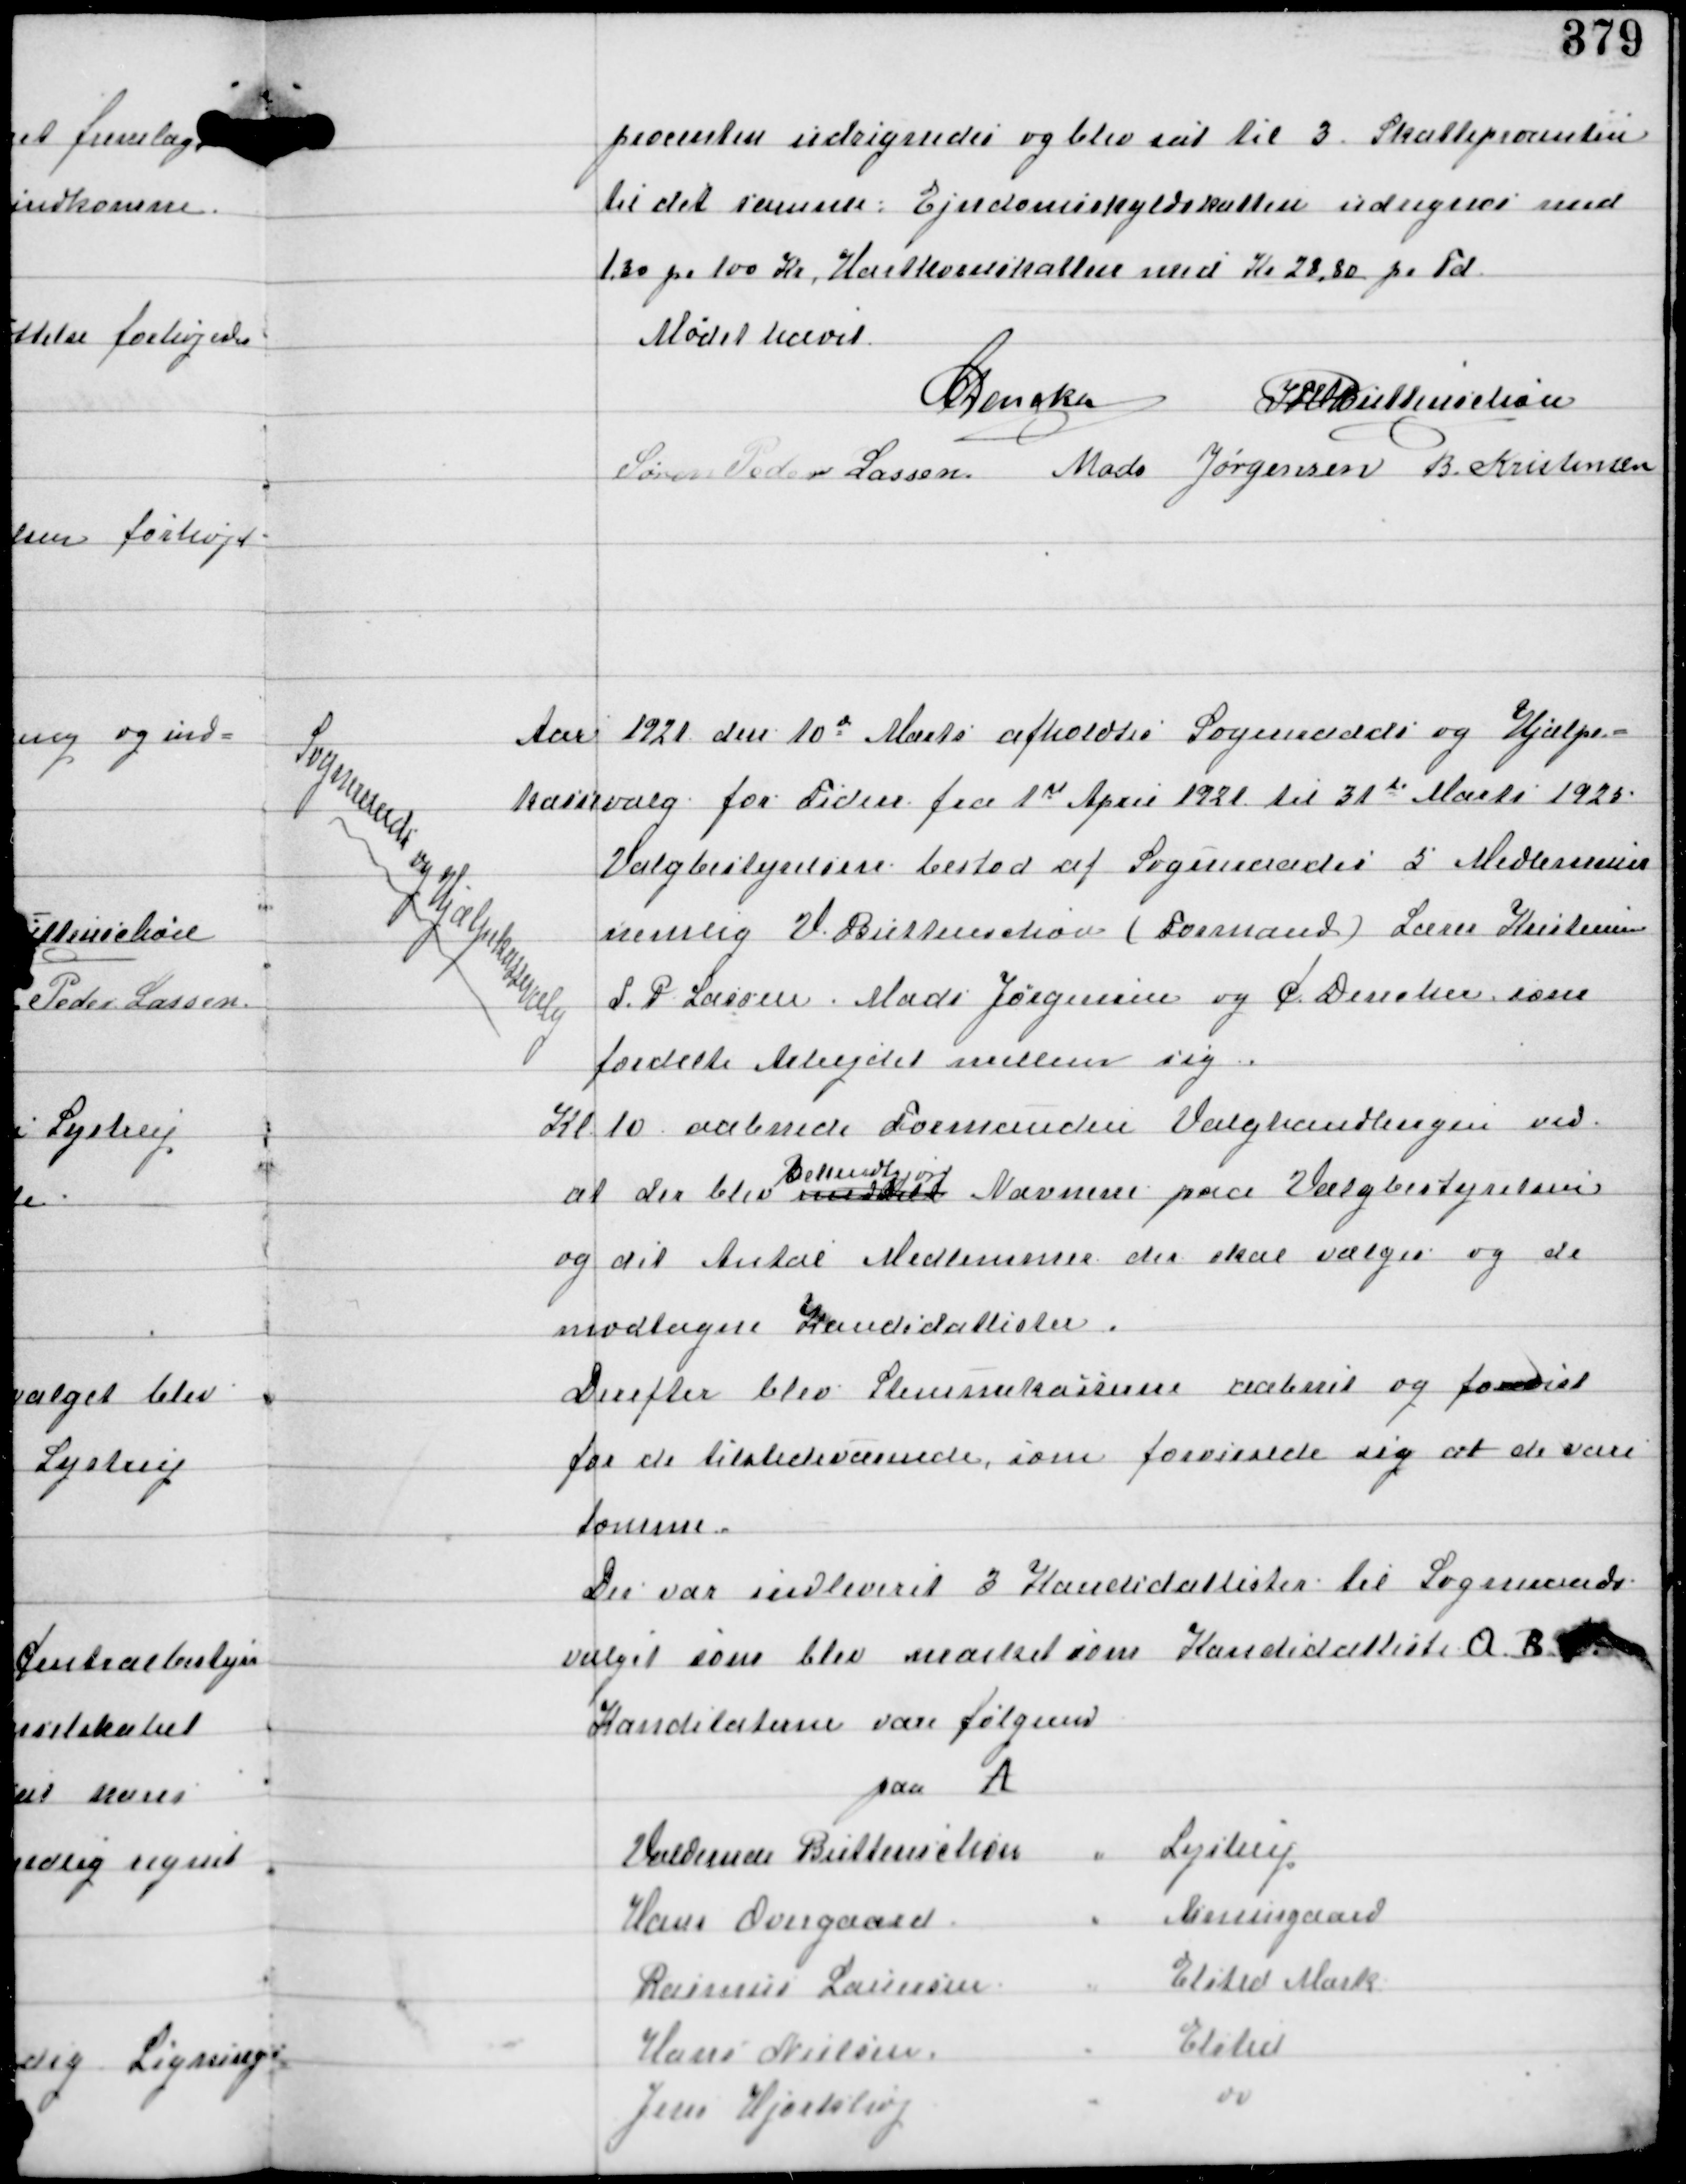
Transskription:
procenten udregnedes og blev sat til 3. Skatteprocenten
til det samme. Ejendomsskyldskatten udregnes med
1,30 pr 100 kr Hartkornskatten med Kr 28,80 pr Td

Møde hævet
C Dencker IFV Buttenschøn
Søren Peder Lassen Mads Jørgensen B. Kristensen

Aar 1921 den 10d Marts afholdtes Sogneraads og Hjælpe-
kassevalg for Tiden fra 1st April 1921 til 31d Marts 1925:

Sogneraads og Hjælpekassevalg

Valgbestyrelsen bestod af Sogneraades 5 Medlemmer
nemlig V. Buttenschøn (Formand) Lærer Kristensen
S.P Lassen Mads Jørgensen og C Dencker som
fordelte Arbejdet mellem sig.
Kl 10 aabnede Formanden Valghandlingen ved
at der blev meddelt
Bekendtgjort
Navnene paa Valgbestyrelsen
og det Antal Medlemmer der skal vælges og de
modtagne Kandidatlister.
Derefter blev Stemmekasserne aabnet og forevist
for de tilstedeværende, som forvissede sig at de vare
tomme.
Der var indleveret 3 Kandidatlister til Sogneraads-
valget som blev mærket som Kandidatliste A B
Kandidatlisterne vare følgende
paa A